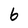
Character: 6